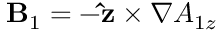
{ \bf B } _ { 1 } = - { \bf \hat { z } } \times \nabla A _ { 1 z }